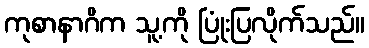
ကုစာနာဂိက သူ့ကို ပြုံးပြလိုက်သည်။